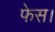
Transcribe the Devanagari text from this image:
फेस।